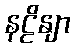
နဠိနျာ